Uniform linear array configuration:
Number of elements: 24
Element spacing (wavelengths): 0.25
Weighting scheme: binomial
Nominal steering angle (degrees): -15
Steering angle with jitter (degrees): -15.226
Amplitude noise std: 0.05
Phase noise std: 0.05

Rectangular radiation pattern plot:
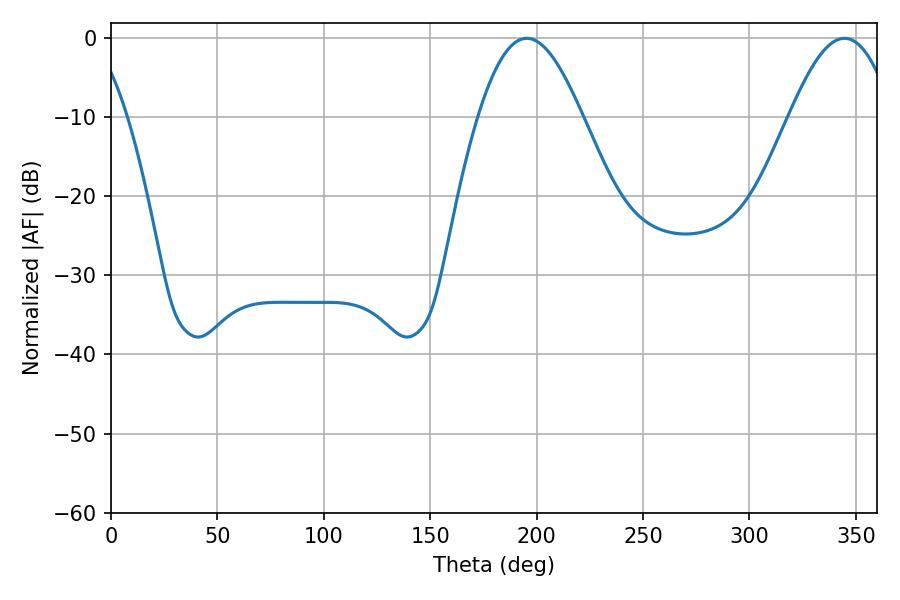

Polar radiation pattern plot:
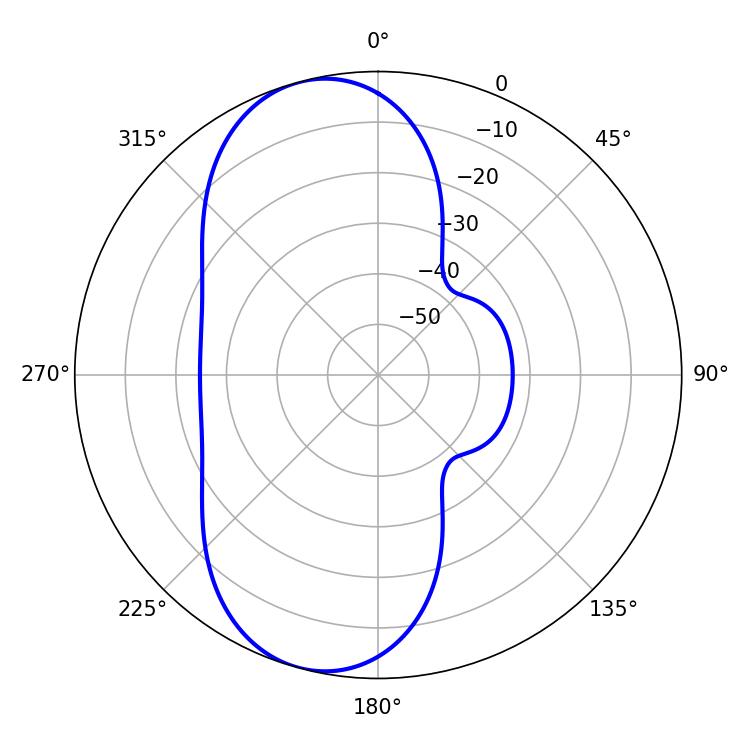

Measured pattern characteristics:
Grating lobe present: FALSE
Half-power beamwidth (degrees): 26.28
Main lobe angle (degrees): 344.7